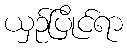
ယှဉ်ပြိုင်ရာ